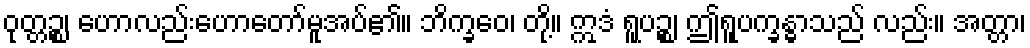
ဝုတ္တဉ္စ၊ ဟောလည်းဟောတော်မူအပ်၏။ ဘိက္ခဝေ၊ တို့။ ဣဒံ ရူပဉ္စ၊ ဤရူပက္ခန္ဓာသည် လည်း။ အတ္တာ၊